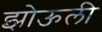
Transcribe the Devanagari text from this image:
झोऊली